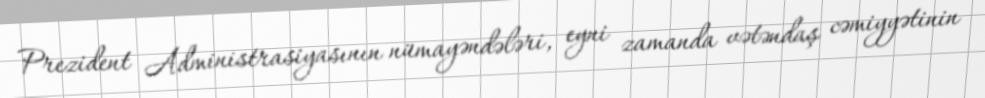
Prezident Administrasiyasının nümayəndələri, eyni zamanda vətəndaş cəmiyyətinin